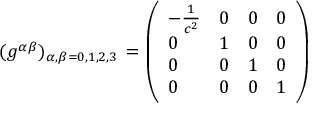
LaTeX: ( g ^ { \alpha \beta } ) _ { \alpha , \beta = 0 , 1 , 2 , 3 } \, = \left( { \begin{array} { l l l l } { - { \frac { 1 } { c ^ { 2 } } } } & { 0 } & { 0 } & { 0 } \\ { 0 } & { 1 } & { 0 } & { 0 } \\ { 0 } & { 0 } & { 1 } & { 0 } \\ { 0 } & { 0 } & { 0 } & { 1 } \end{array} } \right)